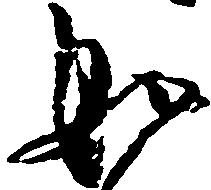
如